Insane asylums Bombay 1873-77 - 1873-1877
Year: 1873
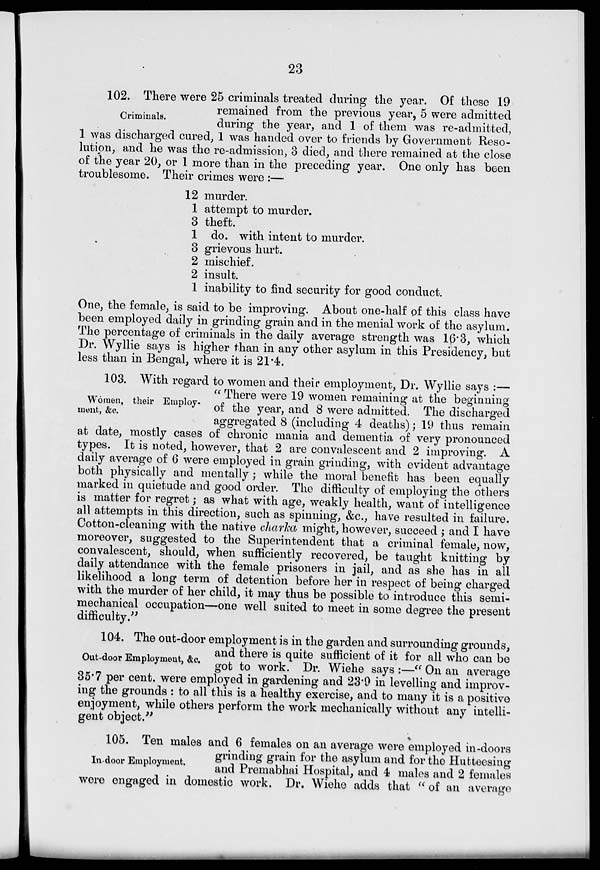
23
Criminals.
102. There were 25 criminals treated during the year. Of these 19
remained from the previous year, 5 were admitted
during the year, and 1 of them was re-admitted,
1 was discharged cured, 1 was handed over to friends by Government Reso-
lution, and he was the re-admission, 3 died, and there remained at the close
of the year 20, or 1 more than in the preceding year. One only has been
troublesome. Their crimes were :—
12 murder.
1 attempt to murder.
3 theft.
1 do. with intent to murder.
3 grievous hurt.
2 mischief.
2 insult.
1 inability to find security for good conduct.
One, the female, is said to be improving. About one-half of this class have
been employed daily in grinding grain and in the menial work of the asylum.
The percentage of criminals in the daily average strength was 16.3, which
Dr. Wyllie says is higher than in any other asylum in this Presidency, but
less than in Bengal, where it is 21.4.
Women, their Employ-
ment, &c.
103. With regard to women and their employment, Dr. Wyllie says :—
" There were 19 women remaining at the beginning
of the year, and 8 were admitted. The discharged
aggregated 8 (including 4 deaths); 19 thus remain
at date, mostly cases of chronic mania and dementia of very pronounced
types. It is noted, however, that 2 are convalescent and 2 improving. A
daily average of 6 were employed in grain grinding, with evident advantage
both physically and mentally; while the moral benefit has been equally
marked in quietude and good order. The difficulty of employing the others
is matter for regret; as what with age, weakly health, want of intelligence
all attempts in this direction, such as spinning, &c., have resulted in failure.
Cotton-cleaning with the native charka might, however, succeed ; and I have
moreover, suggested to the Superintendent that a criminal female, now,
convalescent, should, when sufficiently recovered, be taught knitting by
daily attendance with the female prisoners in jail, and as she has in all
likelihood a long term of detention before her in respect of being charged
with the murder of her child, it may thus be possible to introduce this semi-
mechanical occupation—one well suited to meet in some degree the present
difficulty."
Out-door Employment, &c.
104. The out-door employment is in the garden and surrounding grounds,
and there is quite sufficient of it for all who can be
got to work. Dr. Wiehe says :—" On an average
35.7 per cent. were employed in gardening and 23.9 in levelling and improv-
ing the grounds : to all this is a healthy exercise, and to many it is a positive
enjoyment, while others perform the work mechanically without any intelli-
gent object."
In-door Employment.
105. Ten males and 6 females on an average were employed in-doors
grinding grain for the asylum and for the Hutteesing
and Premabhai Hospital, and 4 males and 2 females
were engaged in domestic work. Dr. Wiehe adds that " of an average